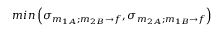
m i n \left( \sigma _ { m _ { 1 A } ; m _ { 2 B } \rightarrow f } , \sigma _ { m _ { 2 A } ; m _ { 1 B } \rightarrow f } \right)